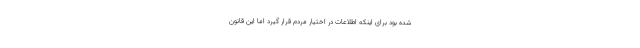
شده بود برای اینکه اطلاعات در اختیار مردم قرار گیرد اما این قانون